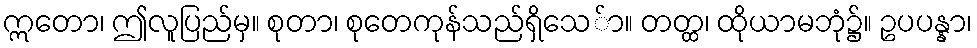
ဣတော၊ ဤလူပြည်မှ။ စုတာ၊ စုတေကုန်သည်ရှိသေ်ာ။ တတ္ထ၊ ထိုယာမဘုံ၌။ ဥပပန္နာ၊